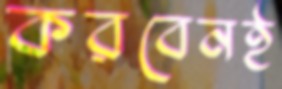
করবেনই